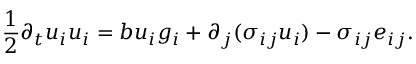
\frac { 1 } { 2 } \partial _ { t } u _ { i } u _ { i } = b u _ { i } g _ { i } + \partial _ { j } ( \sigma _ { i j } u _ { i } ) - \sigma _ { i j } e _ { i j } .